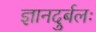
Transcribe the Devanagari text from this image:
ज्ञानदुर्बलः